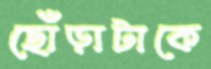
ছোঁড়াটাকে